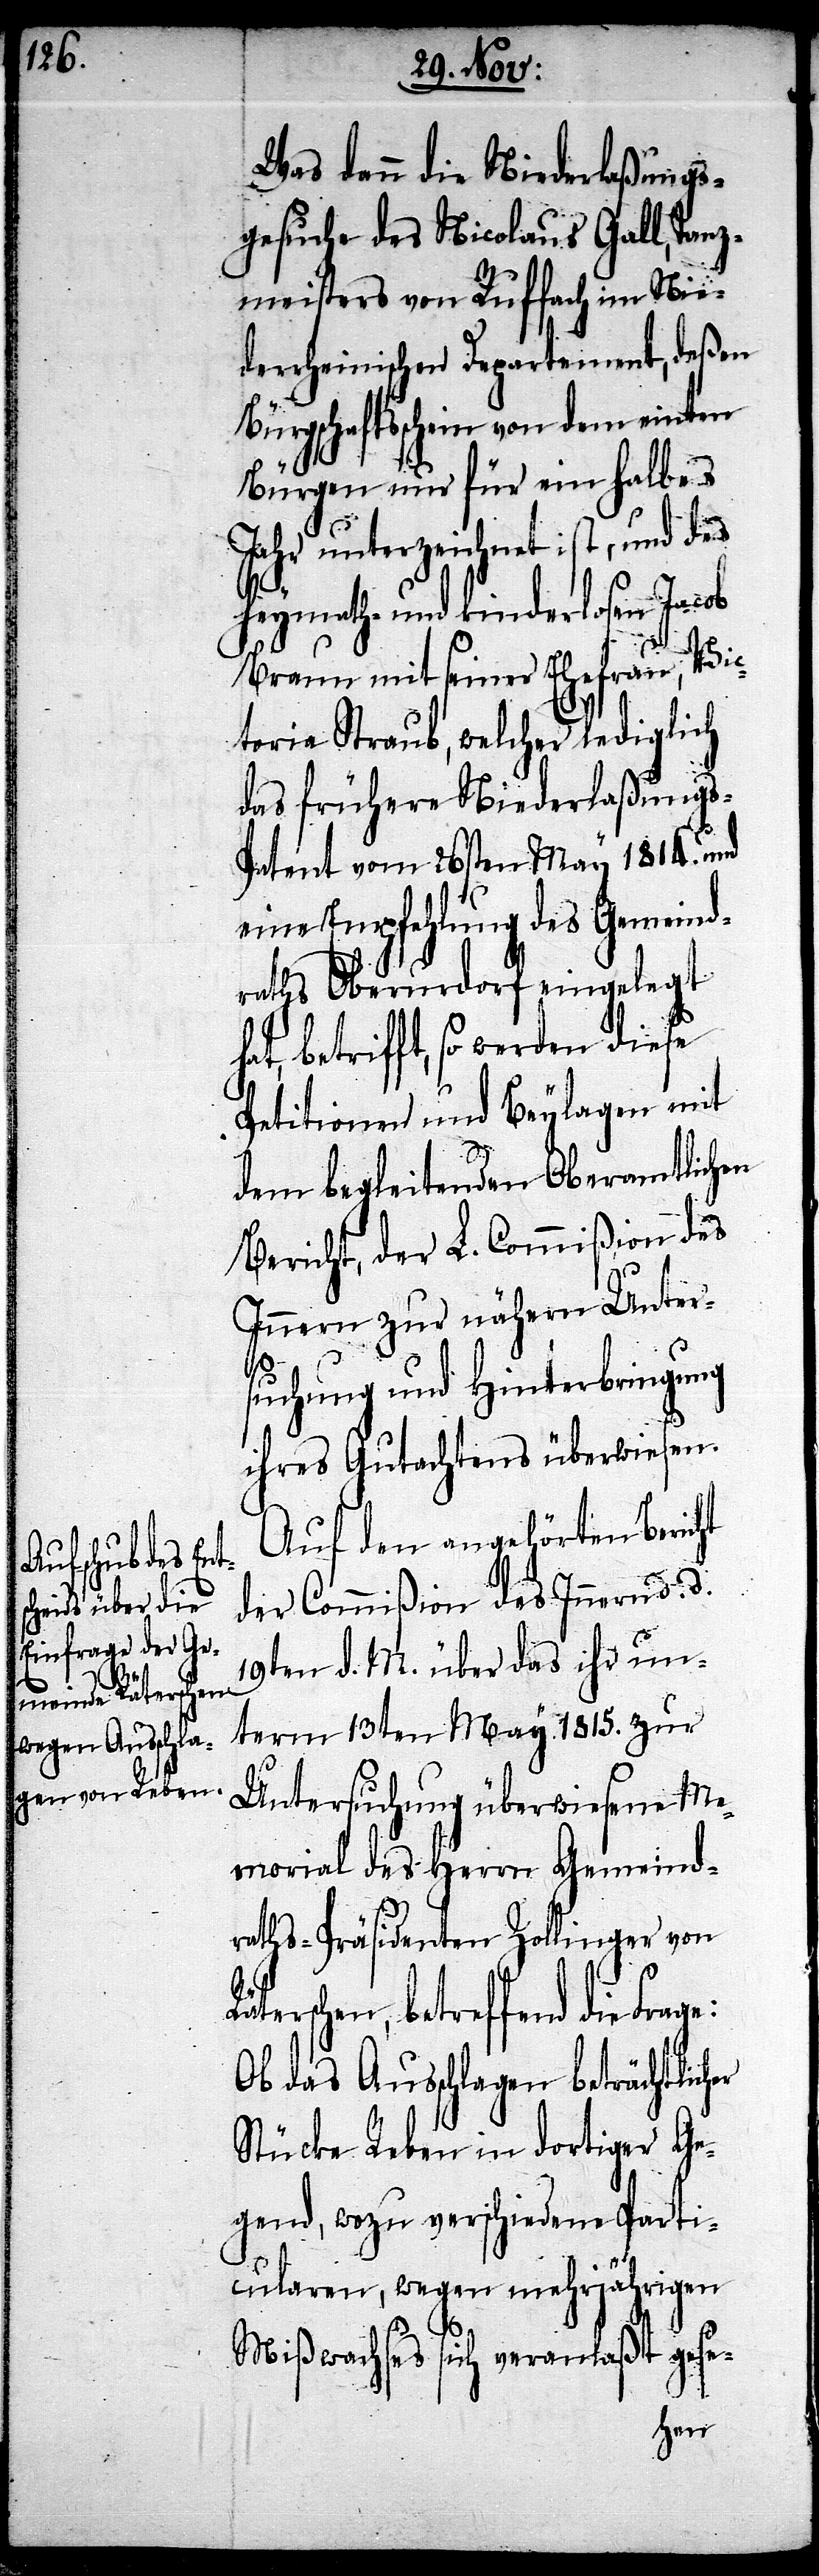
Was dann die Niederlaßungs¬
gesuche des Nicolaus Gall, Tanz¬
meisters von Ruffach im Nie¬
derrheinischen Departement, deßen
Bürgschaftsschein von dem einten
Bürgen nur für ein halbes
Jahr unterzeichnet ist, und des
heymath- und kinderlosen Jacob
Braun mit seiner Ehefrau, Vic¬
toria Staub, welcher lediglich
das frühere Niederlaßungs-P¬
atent vom 26sten May 1814. und
eine Empfehlung des Gemeind¬
raths Oberurdorf eingelegt
hat, betrifft, so werden diese
Petitionen und Beylagen mit
dem begleitenden Oberamtlichen
Bericht, der L. Commißion des
Innern zur nähern Unter¬
suchung und Hinterbringung
ihres Gutachtens überwiesen.